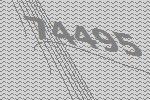
74495